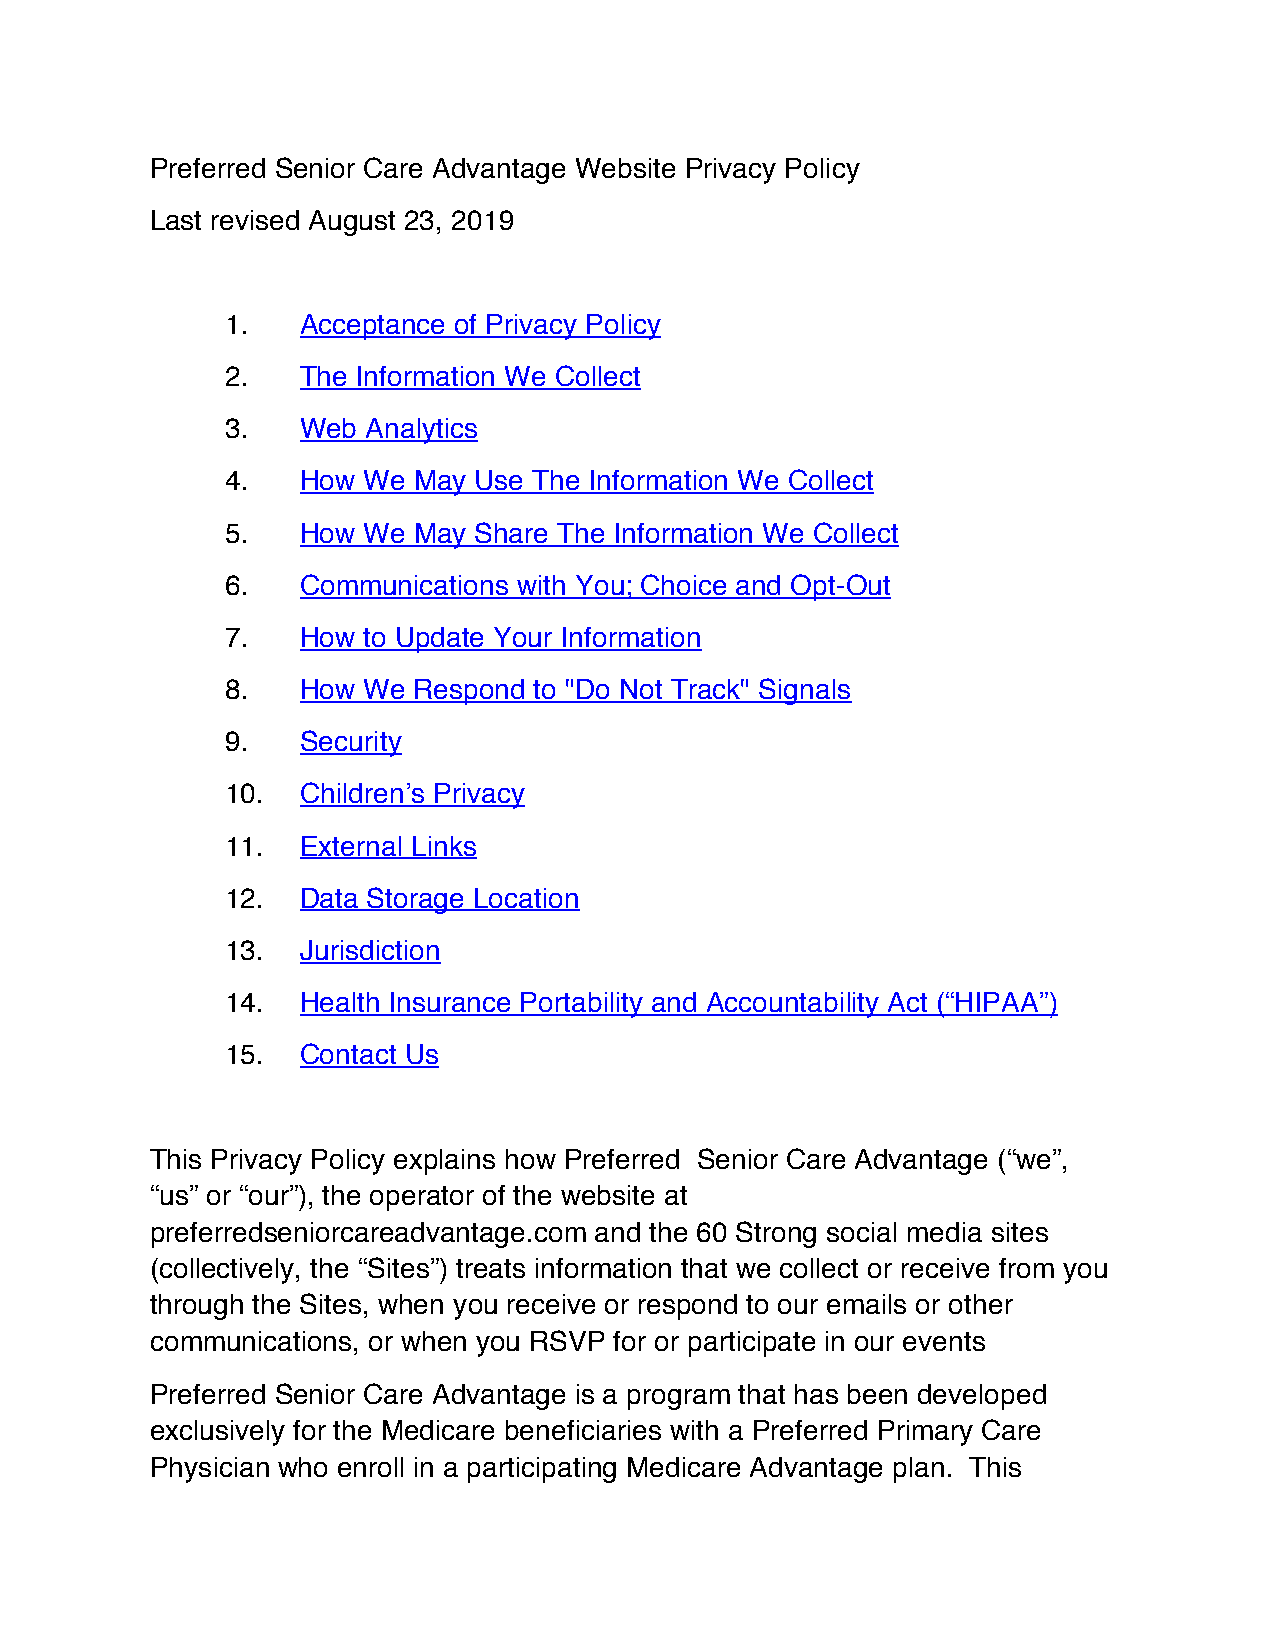
Preferred Senior Care Advantage Website Privacy Policy
 Last revised August 23, 2019
 1.   Acceptance of Privacy Policy
 2.   The Information We Collect
 3.   Web Analytics
 4.   How We May Use The Information We Collect
 5.   How We May Share The Information We Collect
 6.   Communications with You; Choice and Opt-Out
 7.   How to Update Your Information
 8.   How We Respond to "Do Not Track" Signals
 9.   Security
 10.  Children’s Privacy
 11.  External Links
 12.  Data Storage Location
 13.  Jurisdiction
 14.  Health Insurance Portability and Accountability Act (“HIPAA”)
 15.  Contact Us
 This Privacy Policy explains how Preferred Senior Care Advantage (“we”,
 “us” or “our”), the operator of the website at
 preferredseniorcareadvantage.com and the 60 Strong social media sites
 (collectively, the “Sites”) treats information that we collect or receive from you
 through the Sites, when you receive or respond to our emails or other
 communications, or when you RSVP for or participate in our events
 Preferred Senior Care Advantage is a program that has been developed
 exclusively for the Medicare beneficiaries with a Preferred Primary Care
 Physician who enroll in a participating Medicare Advantage plan. This